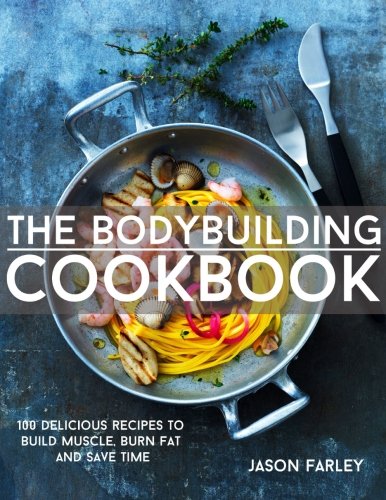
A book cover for The Bodybuilding Cookbook: 100 Delicious Recipes To Build Muscle, Burn Fat And Save Time (The Build Muscle, Get Shredded, Muscle & Fat Loss Cookbook Series); Jason Farley; Health, Fitness & Dieting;